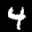
Label: 4